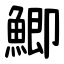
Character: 鯽